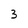
Character: 3